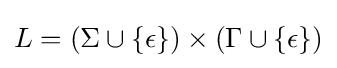
L=(\Sigma \cup \{\epsilon \})\times (\Gamma \cup \{\epsilon \})